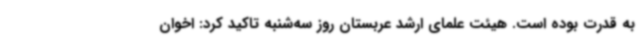
به قدرت بوده است. هیئت علمای ارشد عربستان روز سه‌شنبه تاکید کرد: اخوان